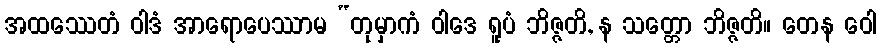
အထဿေတံ ဝါဒံ အာရောပေဿာမ “တုမှာကံ ဝါဒေ ရူပံ ဘိဇ္ဇတိ, န သတ္တော ဘိဇ္ဇတိ။ တေန ဝေါ